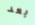
بعد